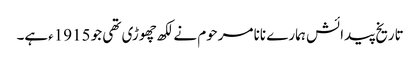
تاریخ پیدائش ہمارے نانا مرحوم نے لکھ چھوڑی تھی جو 1915ءہے۔